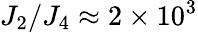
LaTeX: J_{2}/J_{4}\approx 2\times 10^{3}